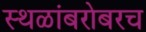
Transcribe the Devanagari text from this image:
स्थळांबरोबरच